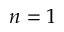
n = 1